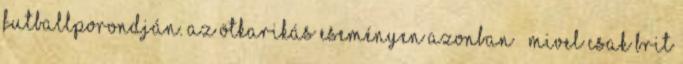
futballporondján. Az ötkarikás eseményen azonban – mivel csak Brit